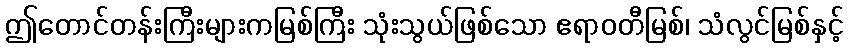
ဤတောင်တန်းကြီးများကမြစ်ကြီး သုံးသွယ်ဖြစ်သော ဧရာဝတီမြစ်၊ သံလွင်မြစ်နှင့်